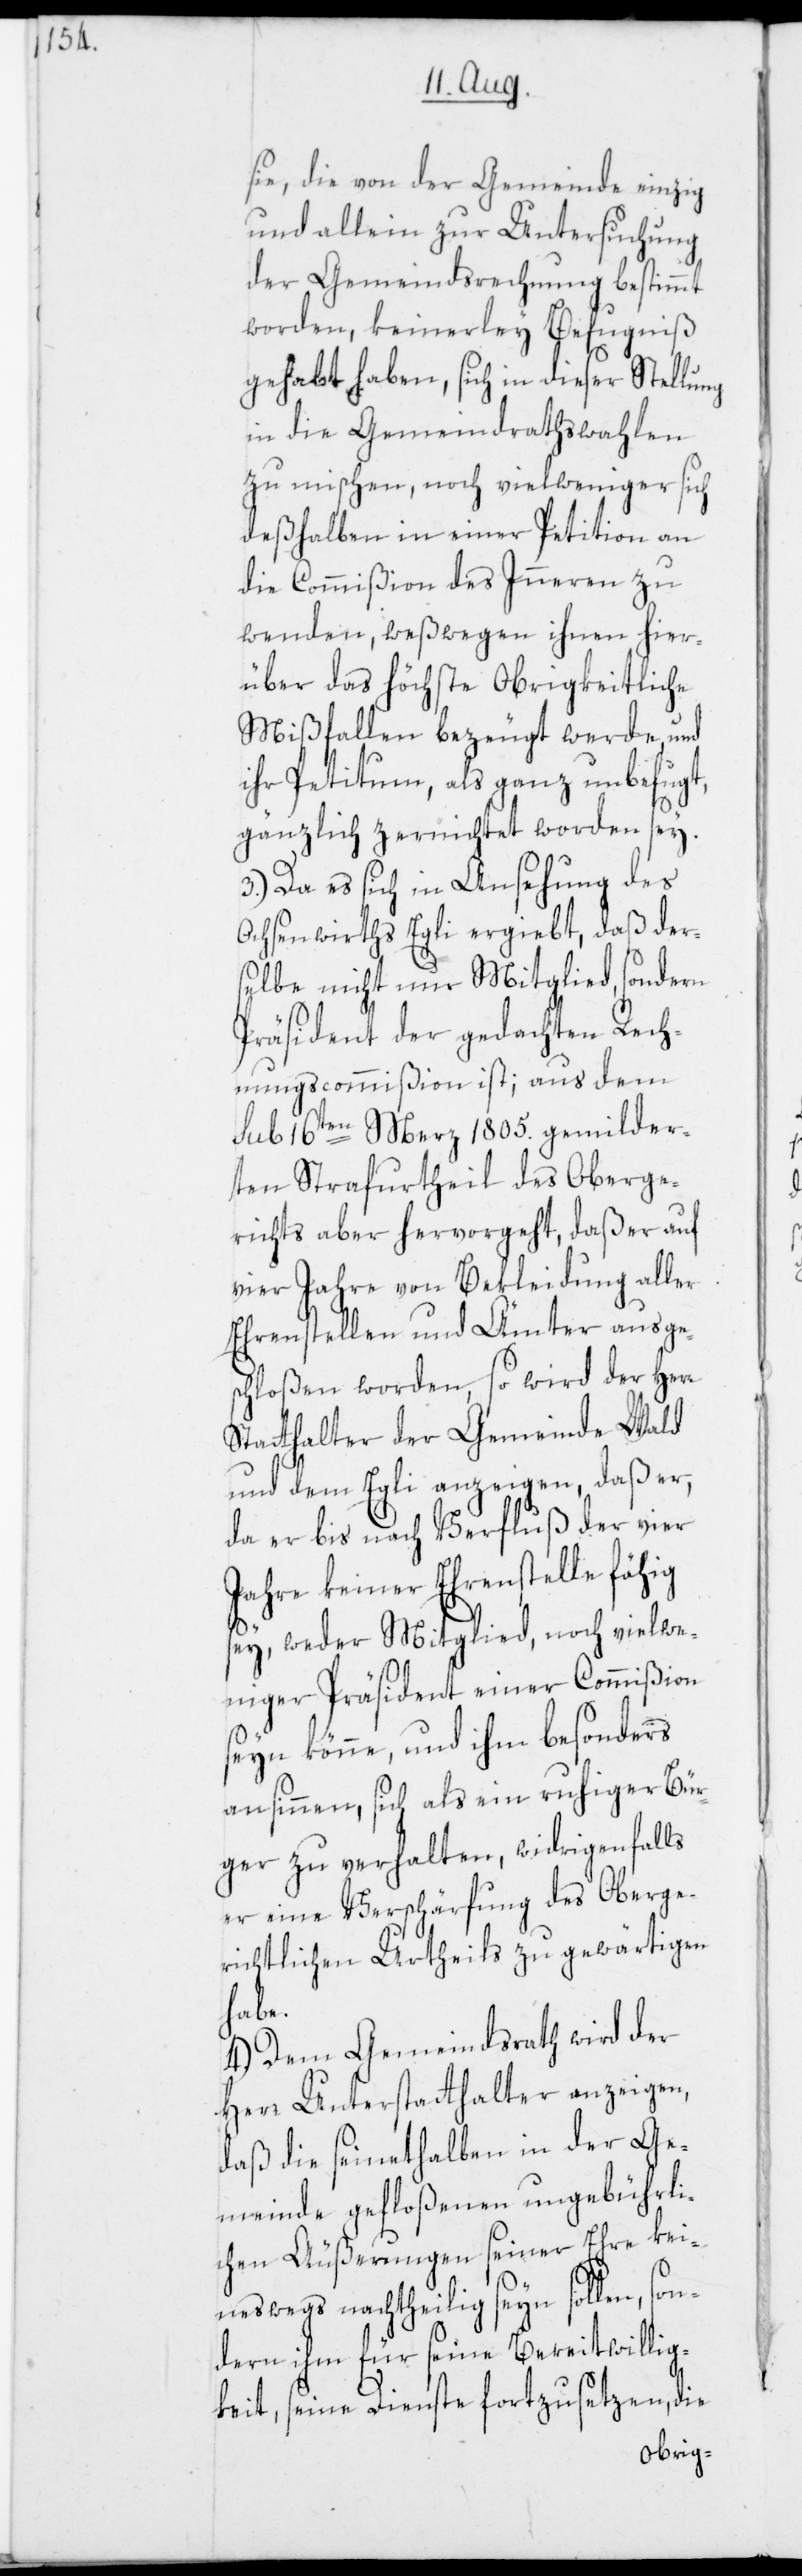
sie, die von der Gemeinde einzig
und allein zur Untersuchung
der Gemeindsrechnung bestimmt
worden, keinerley Befugniß
gehabt haben, sich in dieser Stellung
in die Gemeindrathswahlen
zu mischen, noch vielweniger sich
deßhalben in einer Petition an
die Commißion des Inneren zu
wenden, weßwegen ihnen hier¬
über das höchste Obrigkeitliche
Mißfallen bezeugt werde, und
ihr Petitum, als ganz unbefugt,
gänzlich zernichtet worden sey.
3.) Da es sich in Ansehung des
Ochsenwirths Egli ergiebt, daß der¬
selbe nicht nur Mitglied, sondern
Präsident der gedachten Rech¬
nungscommißion ist; aus dem
sub 16ten Merz 1805. gemilder¬
ten Strafurtheil des Oberge¬
richts aber hervorgeht, daß er auf
vier Jahre von Bekleidung aller
Ehrenstellen und Ämter ausge¬
schloßen worden, so wird der Herr
Statthalter der Gemeinde Wald
und dem Egli anzeigen, daß er,
da er bis nach Verfluß der vier
Jahre keiner Ehrenstelle fähig
sey, weder Mitglied noch vielwe¬
niger Präsident einer Commißion
seyn könne, und ihm besonders
ansinnen, sich als ein ruhiger Bür¬
ger zu verhalten, widrigenfalls
er eine Verschärfung des Oberge¬
richtlichen Urtheils zu gewärtigen
habe.
4.) Dem Gemeindsrath wird der
Herr Unterstatthalter anzeigen,
daß die seinethalben in der Ge¬
meinde gefloßenen ungebührli¬
chen Äußerungen seiner Ehre kei¬
neswegs nachtheilig seyn sollen, son¬
dern ihm für seine Bereitwillig¬
keit, seine Dienste fortzusetzen, die